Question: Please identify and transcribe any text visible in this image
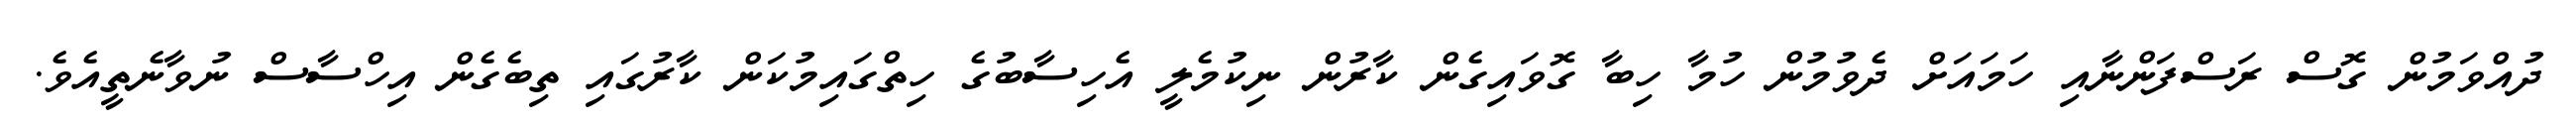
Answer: ދުއްވަމުން ގޮސް ރަސްފަންނާއި ހަމައަށް ދެވުމުން ހުމާ ހިބާ ގޮވައިގެން ކާރުން ނިކުމެލީ އެހިސާބުގެ ހިތްގައިމުކަން ކާރުގައި ތިބެގެން އިހްސާސް ނުވާނެތީއެވެ.